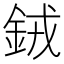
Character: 𬫍